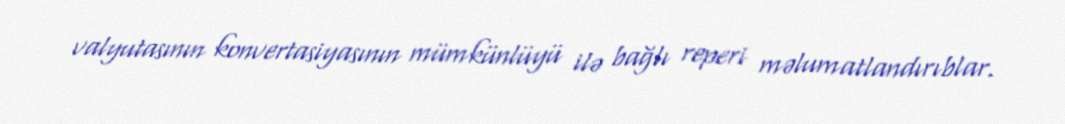
valyutasının konvertasiyasının mümkünlüyü ilə bağlı reperi məlumatlandırıblar.